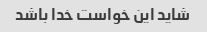
شاید این خواست خدا باشد